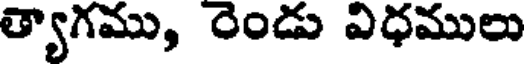
త్యాగము, రెండు విధములు